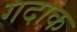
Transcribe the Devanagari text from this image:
गदाक